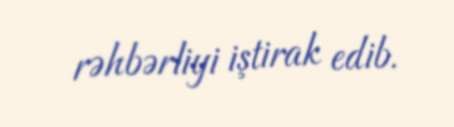
rəhbərliyi iştirak edib.